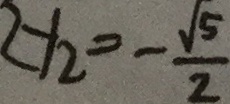
2 y _ { 2 } = - \frac { \sqrt { 5 } } { 2 }